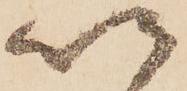
以